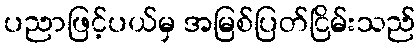
ပညာဖြင့်ပယ်မှ အမြစ်ပြတ်ငြိမ်းသည်